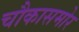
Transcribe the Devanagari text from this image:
चौकासमोर